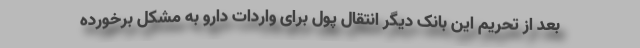
بعد از تحریم این بانک دیگر انتقال پول برای واردات دارو به مشکل برخورده